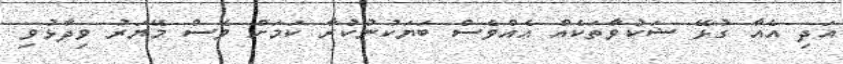
އަދި އެއާ ގުޅޭ ޝަކުވާތަކެއް އެއްވެސް ބަޔަކުނުކުރާ ކަމަށް ވެސް މޭޔަރު ވިދާޅުވި